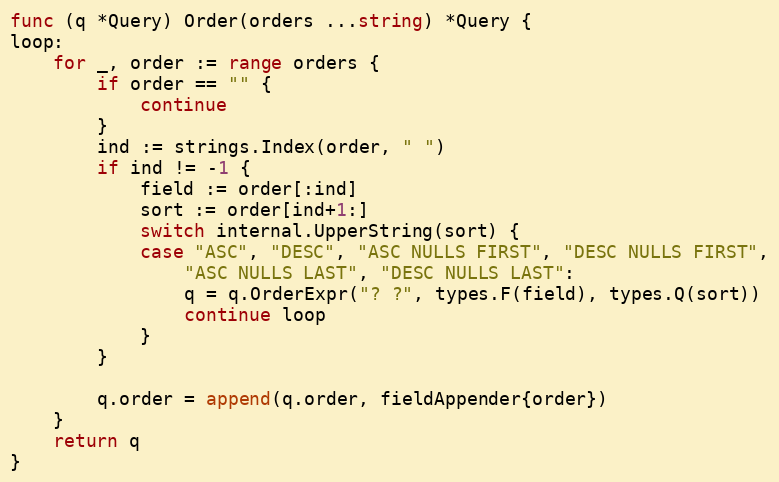
Language: Go
func (q *Query) Order(orders ...string) *Query {
loop:
	for _, order := range orders {
		if order == "" {
			continue
		}
		ind := strings.Index(order, " ")
		if ind != -1 {
			field := order[:ind]
			sort := order[ind+1:]
			switch internal.UpperString(sort) {
			case "ASC", "DESC", "ASC NULLS FIRST", "DESC NULLS FIRST",
				"ASC NULLS LAST", "DESC NULLS LAST":
				q = q.OrderExpr("? ?", types.F(field), types.Q(sort))
				continue loop
			}
		}

		q.order = append(q.order, fieldAppender{order})
	}
	return q
}